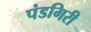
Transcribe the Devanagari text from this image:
पंडगिरी